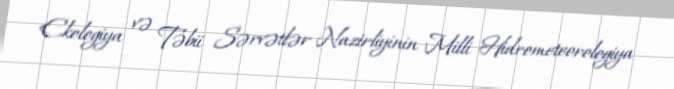
Ekologiya və Təbii Sərvətlər Nazirliyinin Milli Hidrometeorologiya